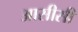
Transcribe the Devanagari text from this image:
आसीसी